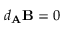
d _ { \mathbf { A } } \mathbf { B } = 0